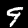
Digit: 9